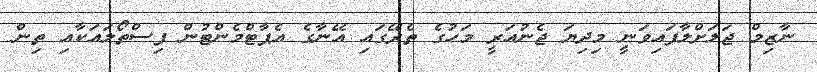
ނާޒިމް ޖަލަށްލާފައިވަނީ މިދިޔަ ޖެނުއަރީ މަހުގެ ތެރޭގައި އޭނާގެ އެޕާޓްމެންޓުން ފިސްތޯލައަކާއި ތިން